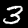
Label: 3